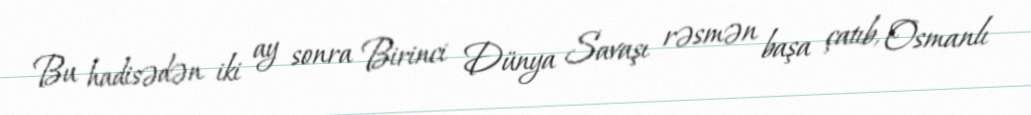
Bu hadisədən iki ay sonra Birinci Dünya Savaşı rəsmən başa çatıb, Osmanlı